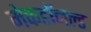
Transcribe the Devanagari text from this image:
मेकडॉनल्ड